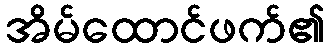
အိမ်ထောင်ဖက်၏